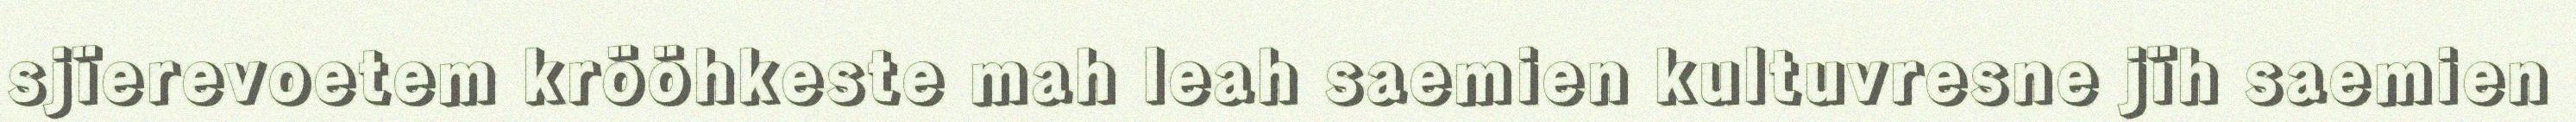
sjïerevoetem krööhkeste mah leah saemien kultuvresne jïh saemien